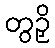
တွဉှိ